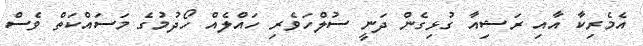
އެމެރިކާ އާއި ރަޝިއާ ގުޅިގެން ދަނީ ސުލްހަވެރި ހައްލެއް ހޯދުމުގެ މަސައްކަތް ވެސް